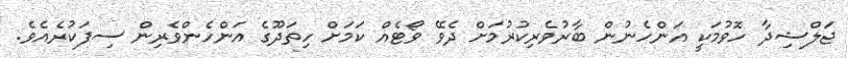
ޖަލްޝިދާ ހޮވުމަކީ އަންހެނުން ބާރުވެރިކުރުމަށް ދެވޭ ވޯޓެއް ކަމަށް ހިތަދޫގެ އަންހެންވެރިން ސިފަކުރެއެވެ.